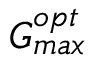
G _ { m a x } ^ { o p t }